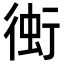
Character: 𧊔